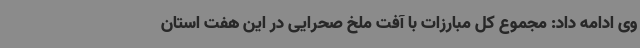
وی ادامه داد: مجموع کل مبارزات با آفت ملخ صحرایی در این هفت استان